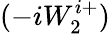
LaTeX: (-iW_{2}^{i+})